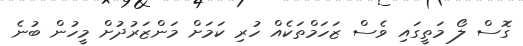
ގޮސް ލޯ މަތީގައި ވެސް ޒަހަމްތަކެއް ހުރި ކަމަށް މަންޒަރުދުށް މީހުން ބުނެ